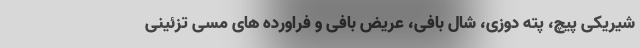
شیریکی پیچ، پته دوزی، شال بافی، عریض بافی و فراورده های مسی تزئینی